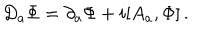
D _ { a } \Phi = \partial _ { a } \Phi + i [ A _ { a } , \Phi ] \, .